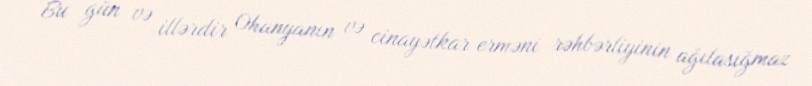
Bu gün və illərdir Ohanyanın və cinayətkar erməni rəhbərliyinin ağılasığmaz